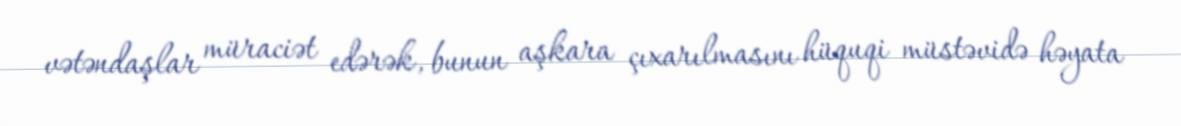
vətəndaşlar müraciət edərək, bunun aşkara çıxarılmasını hüquqi müstəvidə həyata